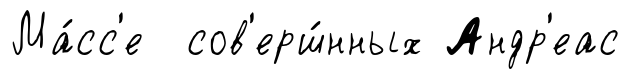
Ма́сс'е сов'ерш́нных Андр'еас